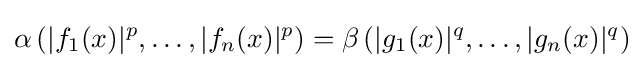
\alpha \left(|f_{1}(x)|^{p},\ldots ,|f_{n}(x)|^{p}\right)=\beta \left(|g_{1}(x)|^{q},\ldots ,|g_{n}(x)|^{q}\right)